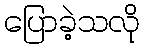
ပြောခဲ့သလို